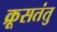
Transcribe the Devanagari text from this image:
क्रूसतंतु